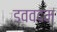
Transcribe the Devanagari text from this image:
डववदम